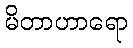
မိတာဟာရော